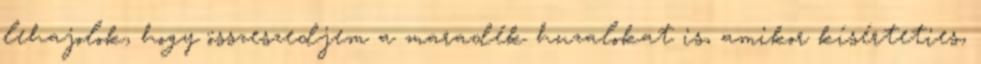
lehajolok, hogy összeszedjem a maradék huzalokat is, amikor kísérteties,